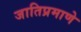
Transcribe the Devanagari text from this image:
जातिप्रमाणे